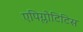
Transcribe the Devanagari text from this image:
एपिग्लोटिटिस